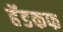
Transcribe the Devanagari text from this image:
हॅडकफ